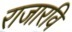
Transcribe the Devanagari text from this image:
राजारवि